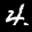
Label: 4